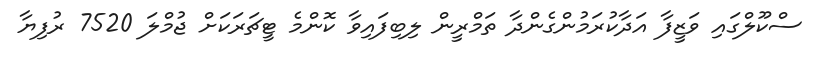
ސްކޫލްގައި ވަޒީފާ އަދާކުރަމުންގެންދާ ތަމްރީން ލިބިފައިވާ ކޮންމެ ޓީޗަރަކަށް ޖުމްލަ 7520 ރުފިޔާ